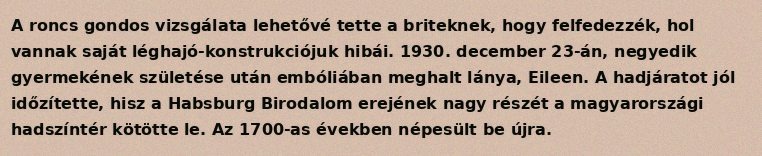
A roncs gondos vizsgálata lehetővé tette a briteknek, hogy felfedezzék, hol vannak saját léghajó-konstrukciójuk hibái. 1930. december 23-án, negyedik gyermekének születése után embóliában meghalt lánya, Eileen. A hadjáratot jól időzítette, hisz a Habsburg Birodalom erejének nagy részét a magyarországi hadszíntér kötötte le. Az 1700-as években népesült be újra.